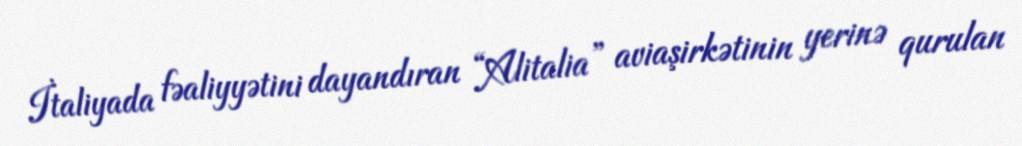
İtaliyada fəaliyyətini dayandıran “Alitalia” aviaşirkətinin yerinə qurulan